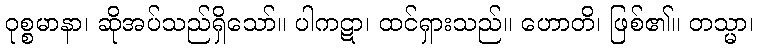
ဝုစ္စမာနာ၊ ဆိုအပ်သည်ရှိသော်။ ပါကဋာ၊ ထင်ရှားသည်။ ဟောတိ၊ ဖြစ်၏။ တသ္မာ၊